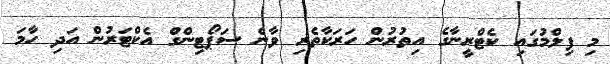
މި ފިލްމުގައި ކެޓްރީނާގެ އިތުރުން ހަރަކާތެރި ވާނެ ސަޕޯޓިންގް އެކްޓަރުން އަދި ހާމަ